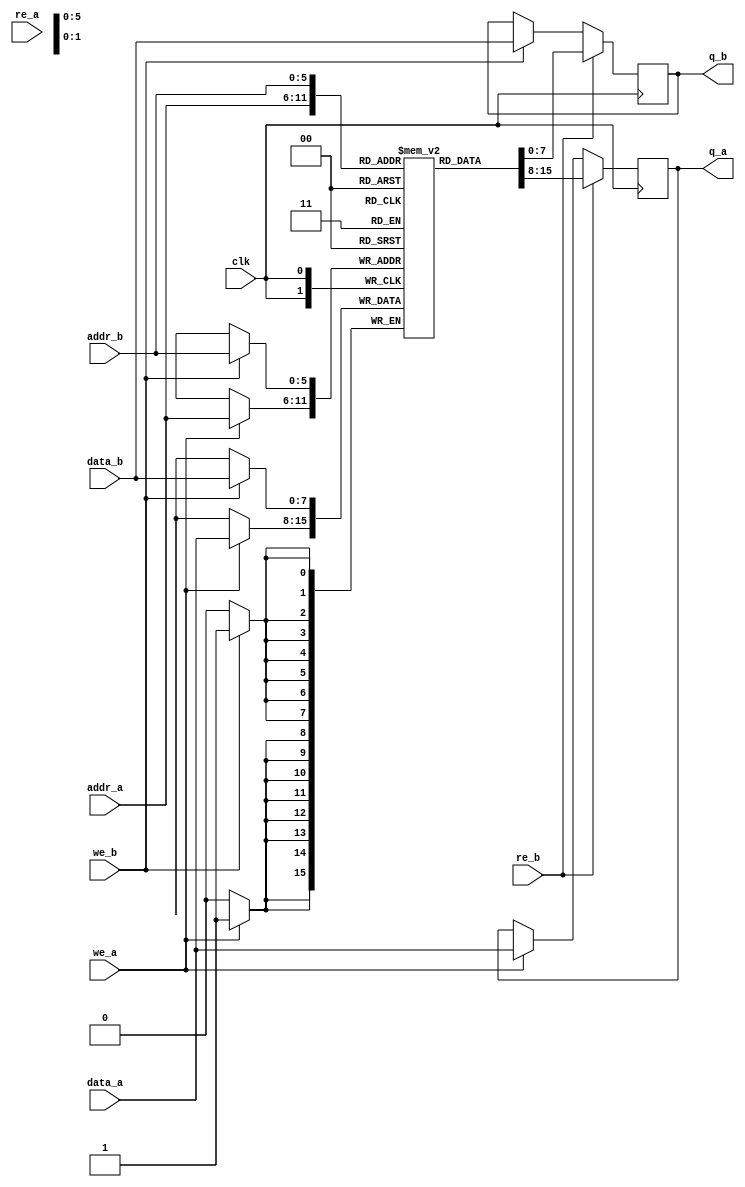
module top
(
	input [7:0] data_a, data_b,
	input [6:1] addr_a, addr_b,
	input we_a, we_b, re_a, re_b, clk,
	output reg [7:0] q_a, q_b
);
	// Declare the RAM variable
	reg [7:0] ram[63:0];

	initial begin
        q_a <= 8'h00;
        q_b <= 8'd0;
	end

	// Port A
	always @ (posedge clk)
	begin
		if (we_a)
		begin
			ram[addr_a] <= data_a;
			q_a <= data_a;
		end
		if (re_b)
		begin
			q_a <= ram[addr_a];
		end
	end

	// Port B
	always @ (posedge clk)
	begin
		if (we_b)
		begin
			ram[addr_b] <= data_b;
			q_b <= data_b;
		end
		if (re_b)
		begin
			q_b <= ram[addr_b];
		end
	end

endmodule